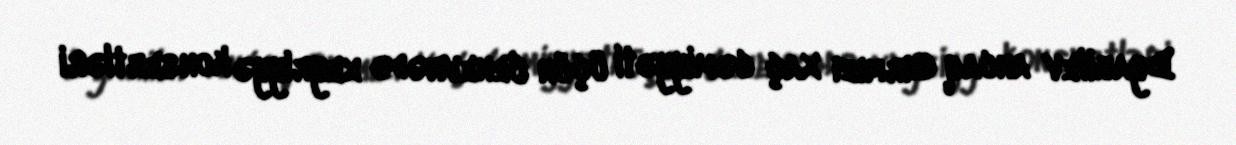
Dyagilev ancaq Qırmızı Xaç cəmiyyəti üçün Cenevrədə xeyriyyə konsertləri